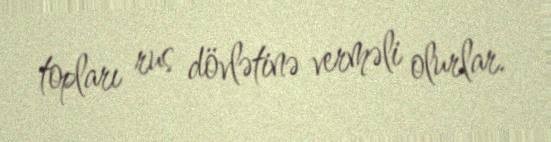
topları rus dövlətinə verməli olurlar.